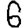
Digit: 6